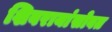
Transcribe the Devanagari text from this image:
शिवरायांसोबत